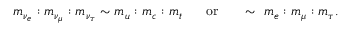
m _ { \nu _ { e } } : m _ { \nu _ { \mu } } : m _ { \nu _ { \tau } } \sim m _ { u } : m _ { c } : m _ { t } ~ ~ ~ ~ ~ \mathrm { o r } ~ ~ ~ ~ ~ \sim ~ m _ { e } : m _ { \mu } : m _ { \tau } .